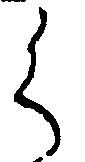
く